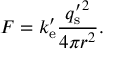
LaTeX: F = k _ { \mathrm { e } } ^ { \prime } { \frac { { q _ { \mathrm { s } } ^ { \prime } } ^ { 2 } } { 4 \pi r ^ { 2 } } } .